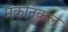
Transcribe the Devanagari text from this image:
मॅकॅनिकल